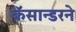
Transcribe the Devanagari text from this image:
कॅसान्डरने